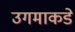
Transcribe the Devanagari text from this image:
उगमाकडे